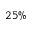
2 5 \%